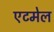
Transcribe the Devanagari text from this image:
एटमेल